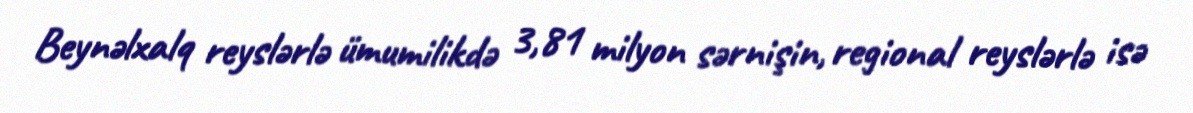
Beynəlxalq reyslərlə ümumilikdə 3,81 milyon sərnişin, regional reyslərlə isə